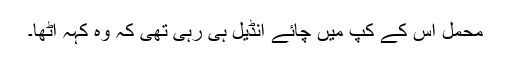
محمل اس کے کپ میں چائے انڈیل ہی رہی تھی کہ وہ کہہ اٹھا۔